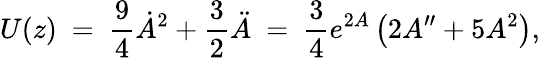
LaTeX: U(z)\ =\ \frac{9}{4}\dot{A}^{2}+\frac{3}{2}\ddot{A}\ =\ \frac{3}{4}e^{2A}\left(2A^{\prime\prime}+5A^{2}\right),